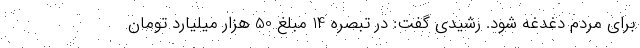
برای مردم دغدغه شود. رشیدی گفت: در تبصره 14 مبلغ 50 هزار میلیارد تومان